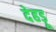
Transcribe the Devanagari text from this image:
देहड़ू